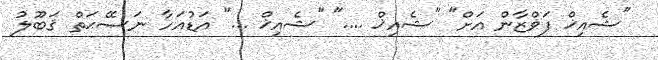
"ޝެއިޚް ފަޥްޒާން އަށް" "ޝެއިޚް ...." "ޝެއިޚް ..." އަޑުއަހާ ނަޞޭޙަތް ޤަބޫލު